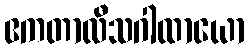
ဧကတာလီသဂါထာယော